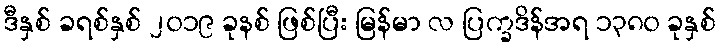
ဒီနှစ် ခရစ်နှစ် ၂၀၁၉ ခုနစ် ဖြစ်ပြီး မြန်မာ လ ပြက္ခဒိန်အရ ၁၃၈၀ ခုနှစ်